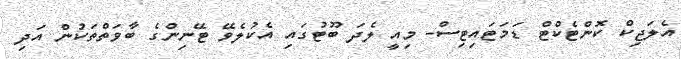
އެލަޖިކް ކޮންޓެކްޓް ޑަމަޓައިޓިސް- މިއީ ލެދަ ބޫޓުގައި އެކުލެވޭ ޓޭނިންގެ ބާވަތްތަކުން އަދި